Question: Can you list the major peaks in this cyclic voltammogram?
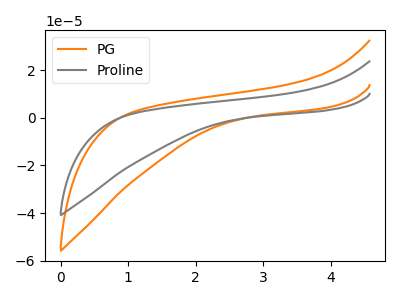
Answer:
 <answer>The orange curve "PG" has no peaks. The gray curve "Proline" has no peaks.</answer>
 <eval></eval>